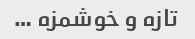
تازه و خوشمزه …